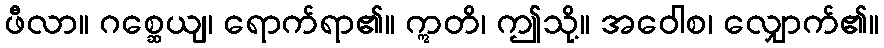
ဖီလာ။ ဂစ္ဆေယျ၊ ရောက်ရာ၏။ ဣတိ၊ ဤသို့။ အဝေါစ၊ လျှောက်၏။